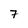
Character: 7